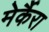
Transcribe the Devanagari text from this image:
मेर्कैरा